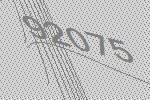
92075